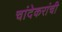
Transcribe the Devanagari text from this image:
चांदेकरांची